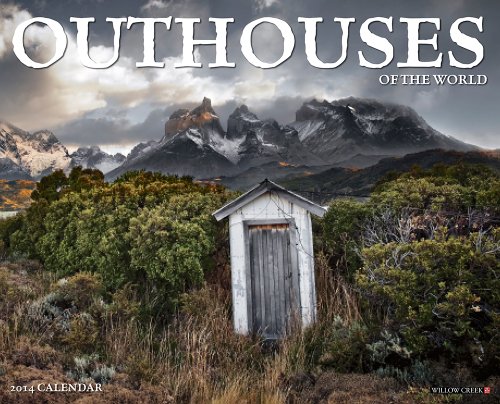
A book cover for Outhouses 2014 Wall Calendar; Willow Creek Press; Calendars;